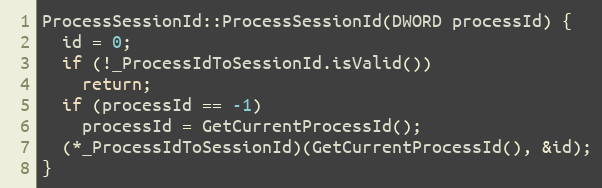
Language: C++
ProcessSessionId::ProcessSessionId(DWORD processId) {
  id = 0;
  if (!_ProcessIdToSessionId.isValid())
    return;
  if (processId == -1)
    processId = GetCurrentProcessId();
  (*_ProcessIdToSessionId)(GetCurrentProcessId(), &id);
}